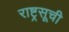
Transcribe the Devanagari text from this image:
राष्ट्रसूची